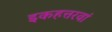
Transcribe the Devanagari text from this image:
इकहत्तरवां